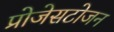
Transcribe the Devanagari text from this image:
प्रोजेसटोजन